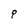
Character: P